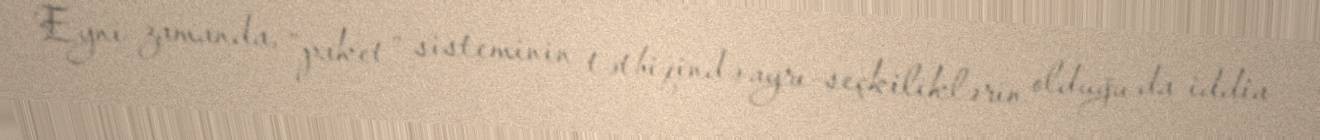
Eyni zamanda, “paket” sisteminin tətbiqində ayrı-seçkiliklərin olduğu da iddia